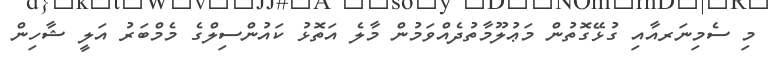
މި ސެމިނަރއާއި ގުޅޭގޮތުން މަޢުލޫމާތުދެއްވަމުން މާލެ އަތޮޅު ކައުންސިލްގެ މެމްބަރު އަލީ ޝާހިން